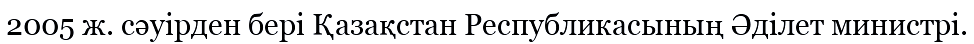
2005 ж. сәуірден бері Қазақстан Республикасының Әділет министрі.